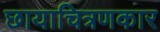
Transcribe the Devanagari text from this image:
छायाचित्रणकार